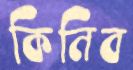
কিনিব